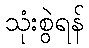
သုံးစွဲရန်